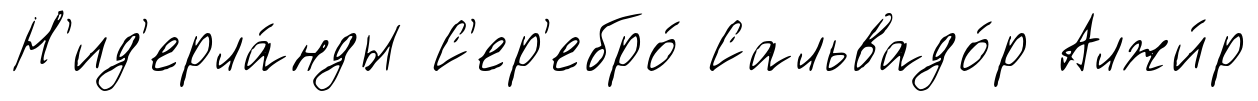
Н'ид'ерла́нды С'ер'ебро́ Сальвадо́р Алжи́р